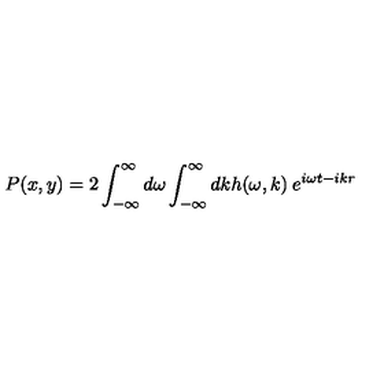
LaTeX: P ( x , y ) = 2 \int _ { - \infty } ^ { \infty } d \omega \int _ { - \infty } ^ { \infty } d k h ( \omega , k ) \: e ^ { i \omega t - i k r }